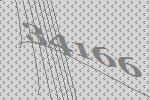
34166